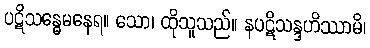
ပဋိသန္ဓေမနေရ။ သော၊ ထိုသူသည်။ နပဋိသန္ဒဟိဿာမိ၊